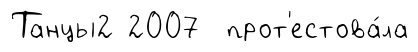
Танцы2 2007 прот'естова́ла